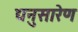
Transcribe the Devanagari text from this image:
द्यनुसारेण